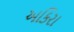
અકિરા